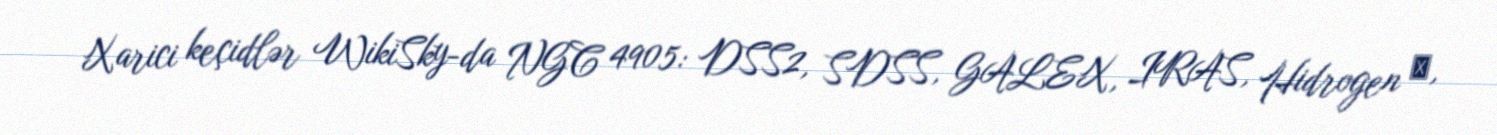
Xarici keçidlər WikiSky-da NGC 4905: DSS2, SDSS, GALEX, IRAS, Hidrogen α,